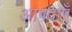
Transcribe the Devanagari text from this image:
आपदाएँ